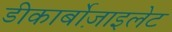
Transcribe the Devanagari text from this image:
डीकार्बोज़ाइलेट